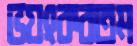
ভয়ংকরতম